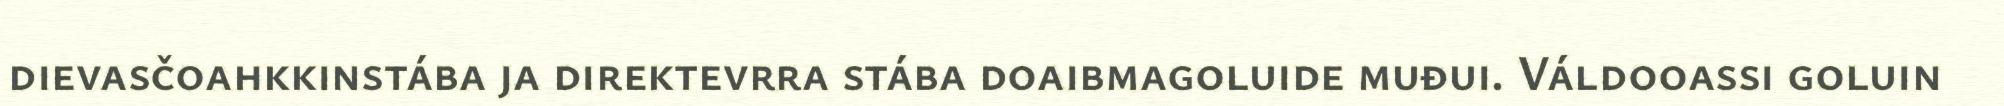
dievasčoahkkinstába ja direktevrra stába doaibmagoluide muđui. Váldooassi goluin